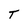
Character: T